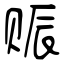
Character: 赈